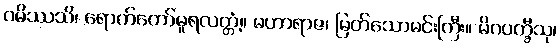
ဂမိဿသိ၊ ရောက်တော်မူရလတ္တံ့။ မဟာရာဇ၊ မြတ်သောမင်းကြီး။ မိဂပက္ခီသု၊